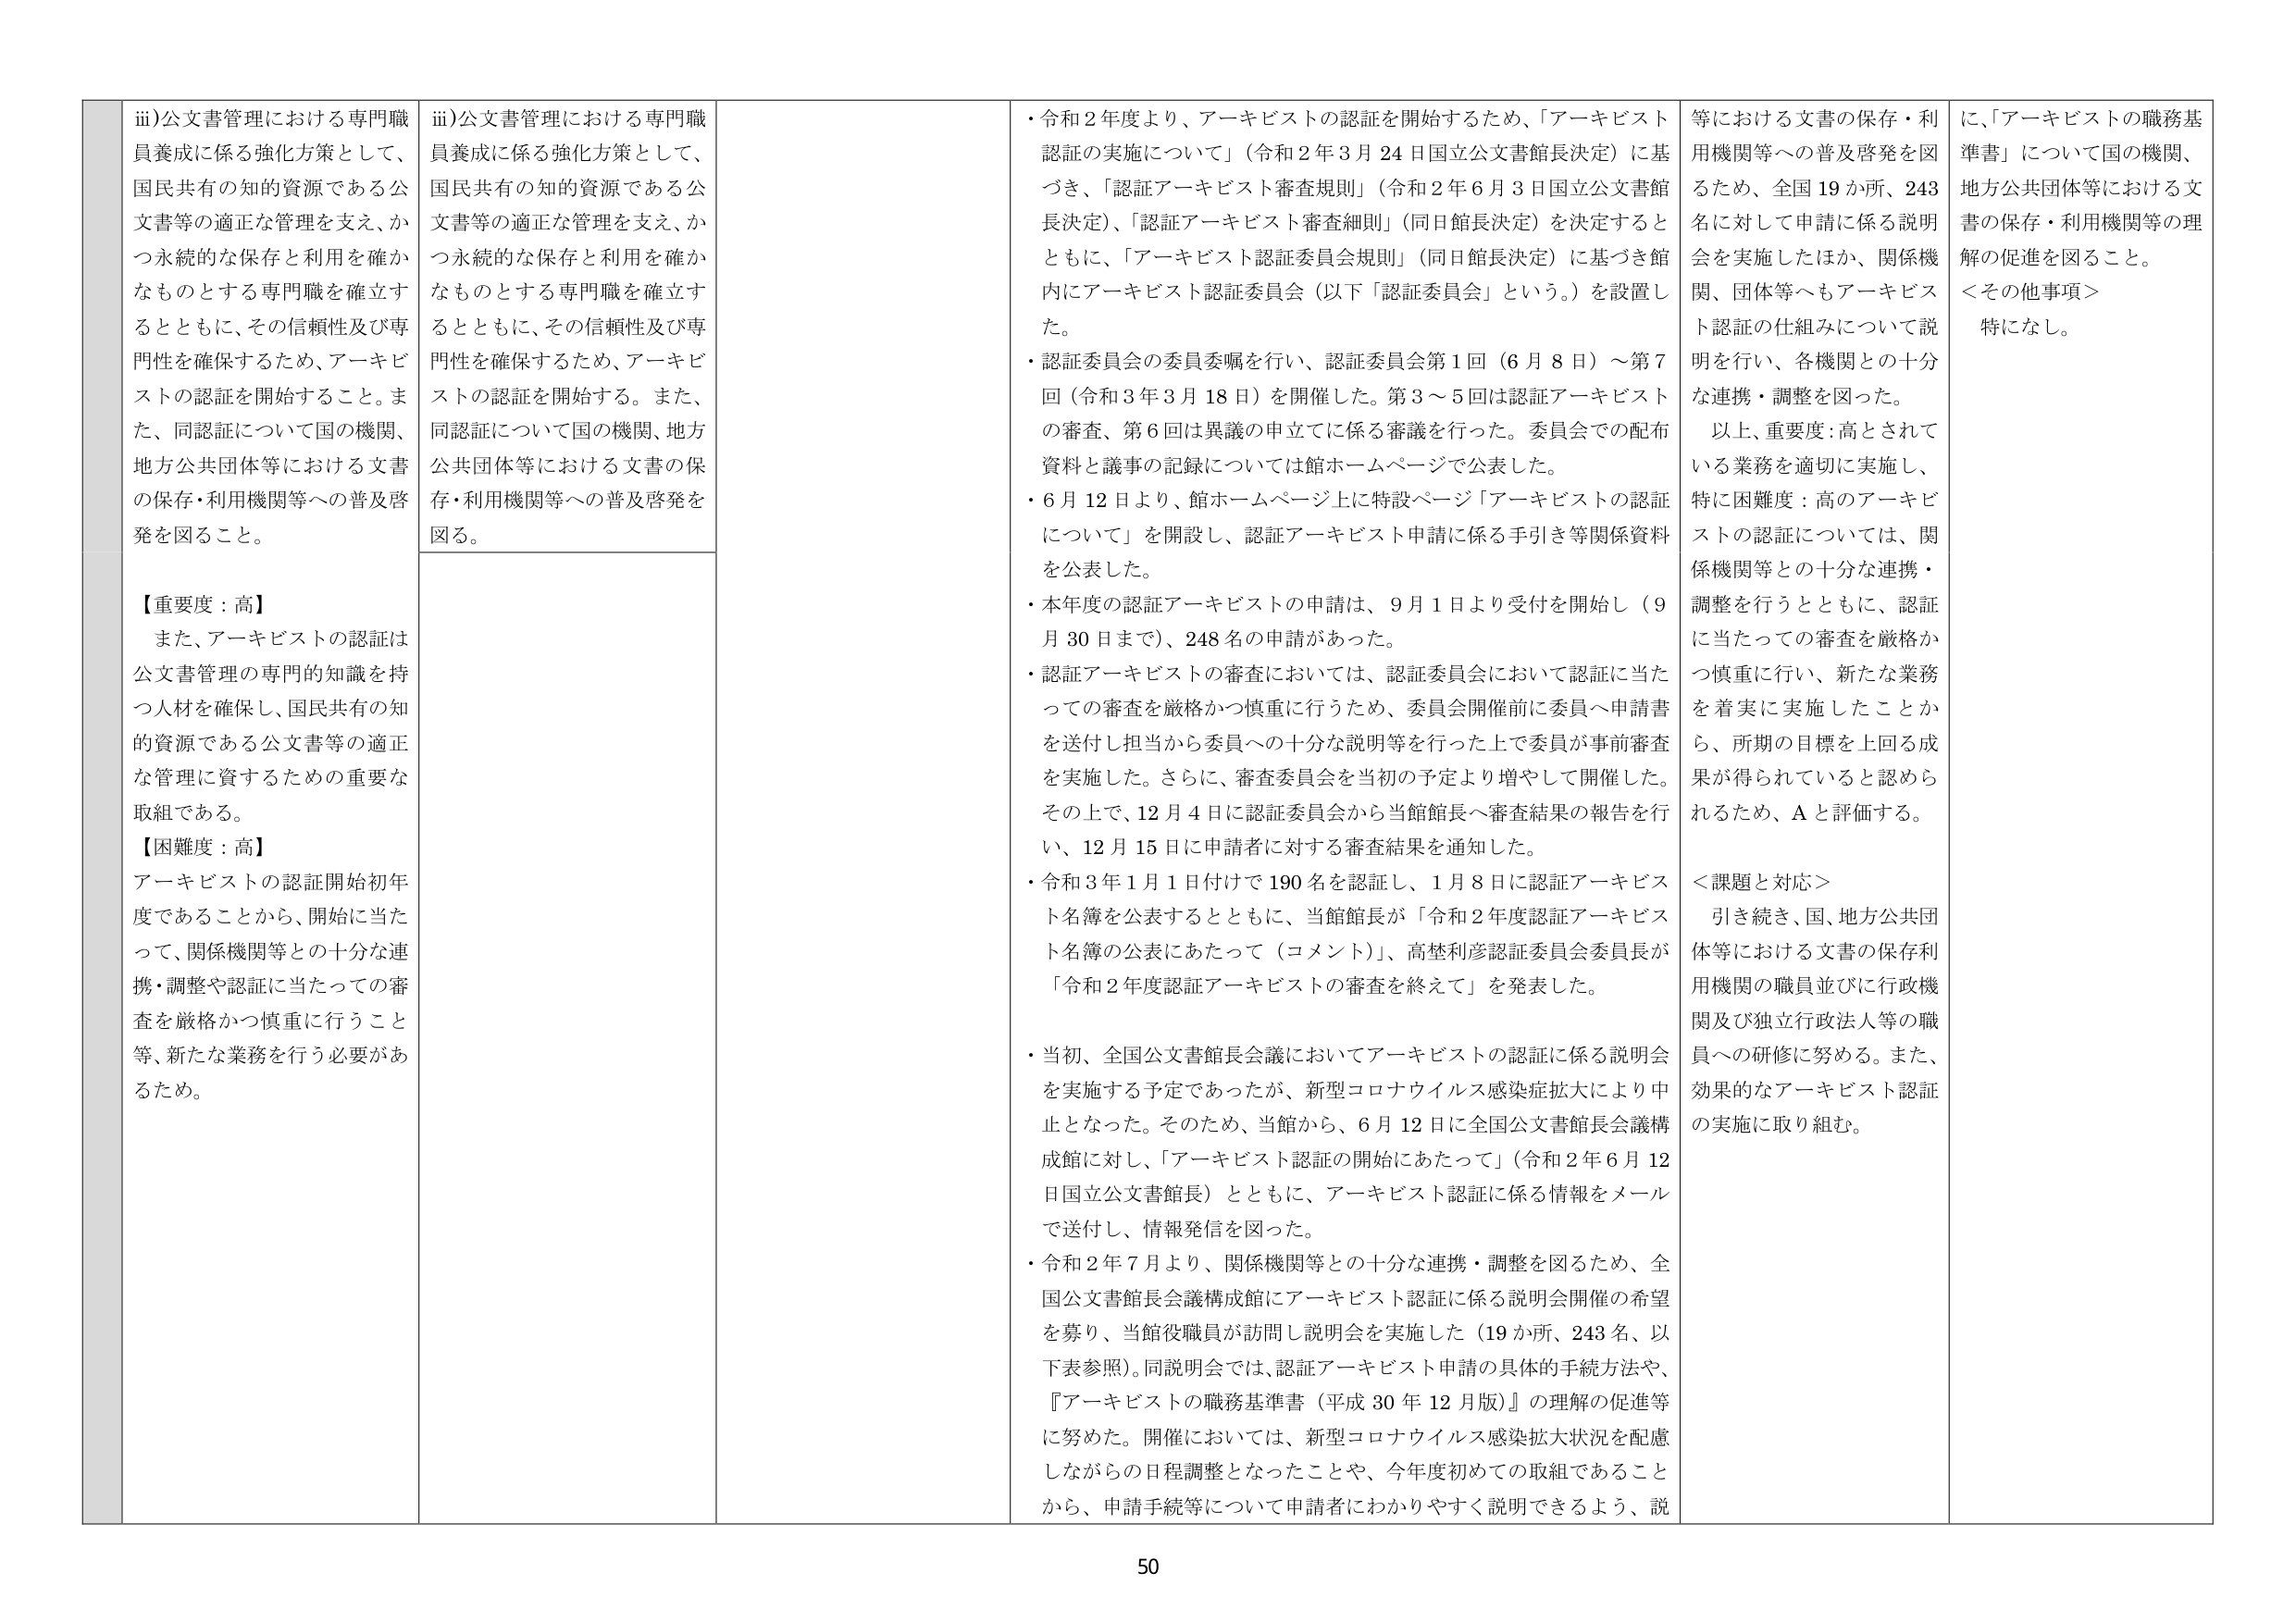
iii)公文書管理における専門職員養成に係る強化方策として、国民共有の知的資源である公文書等の適正な管理を支え、かつ永続的な保存と利用を確かなものとする専門職を確立するとともに、その信頼性及び専門性を確保するため、アーキビストの認証を開始すること。また、同認証について国の機関、地方公共団体等における文書の保存・利用機関等への普及啓発を図ること。

【重要度：高】
また、アーキビストの認証は公文書管理の専門的知識を持つ人材を確保し、国民共有の知的資源である公文書等の適正な管理に資するための重要な取組である。

【困難度：高】
アーキビストの認証開始初年度であることから、開始に当たって、関係機関等との十分な連携・調整や認証に当たっての審査を厳格かつ慎重に行うこと等、新たな業務を行う必要があるため。

iii)公文書管理における専門職員養成に係る強化方策として、国民共有の知的資源である公文書等の適正な管理を支え、かつ永続的な保存と利用を確かなものとする専門職を確立するとともに、その信頼性及び専門性を確保するため、アーキビストの認証を開始する。また、同認証について国の機関、地方公共団体等における文書の保存・利用機関等への普及啓発を図る。

・令和2年度より、アーキビストの認証を開始するため、「アーキビスト認証の実施について」（令和2年3月24日国立公文書館長決定）に基づき、「認証アーキビスト審査規則」（令和2年6月3日国立公文書館長決定）、「認証アーキビスト審査細則」（同日館長決定）を決定するとともに、「アーキビスト認証委員会規則」（同日館長決定）に基づき館内にアーキビスト認証委員会（以下「認証委員会」という。）を設置した。
・認証委員会の委員委嘱を行い、認証委員会第1回（6月8日）～第7回（令和3年3月18日）を開催した。第3～5回は認証アーキビストの審査、第6回は異議の申立てに係る審議を行った。委員会での配布資料と議事の記録については館ホームページで公表した。
・6月12日より、館ホームページ上に特設ページ「アーキビストの認証について」を開設し、認証アーキビスト申請に係る手引き等関係資料を公表した。
・本年度の認証アーキビストの申請は、9月1日より受付を開始し（9月30日まで）、248名の申請があった。
・認証アーキビストの審査においては、認証委員会において認証に当たっての審査を厳格かつ慎重に行うため、委員会開催前に委員へ申請書を送付し担当から委員への十分な説明等を行った上で委員が事前審査を実施した。さらに、審査委員会を当初の予定より増やして開催した。その上で、12月4日に認証委員会から当館館長へ審査結果の報告を行い、12月15日に申請者に対する審査結果を通知した。
・令和3年1月1日付けで190名を認証し、1月8日に認証アーキビスト名簿を公表するとともに、当館館長が「令和2年度認証アーキビスト名簿の公表にあたって（コメント）」、高埜利彦認証委員会委員長が「令和2年度認証アーキビストの審査を終えて」を発表した。
・当初、全国公文書館長会議においてアーキビストの認証に係る説明会を実施する予定であったが、新型コロナウイルス感染症拡大により中止となった。そのため、当館から、6月12日に全国公文書館長会議構成館に対し、「アーキビスト認証の開始にあたって」（令和2年6月12日国立公文書館長）とともに、アーキビスト認証に係る情報をメールで送付し、情報発信を図った。
・令和2年7月より、関係機関等との十分な連携・調整を図るため、全国公文書館長会議構成館にアーキビスト認証に係る説明会開催の希望を募り、当館役職員が訪問し説明会を実施した（19か所、243名、以下表参照）。同説明会では、認証アーキビスト申請の具体的手続方法や、『アーキビストの職務基準書（平成30年12月版）』の理解の促進等に努めた。開催においては、新型コロナウイルス感染拡大状況を配慮しながらの日程調整となったことや、今年度初めての取組であることから、申請手続等について申請者にわかりやすく説明できるよう、説

等における文書の保存・利用機関等への普及啓発を図るため、全国19か所、243名に対して申請に係る説明会を実施したほか、関係機関、団体等へもアーキビスト認証の仕組みについて説明を行い、各機関との十分な連携・調整を図った。
以上、重要度：高とされている業務を適切に実施し、特に困難度：高のアーキビストの認証については、関係機関等との十分な連携・調整を行うとともに、認証に当たっての審査を厳格かつ慎重に行い、新たな業務を着実に実施したことから、所期の目標を上回る成果が得られていると認められるため、Aと評価する。

＜課題と対応＞
引き続き、国、地方公共団体等における文書の保存利用機関の職員並びに行政機関及び独立行政法人等の職員への研修に努める。また、効果的なアーキビスト認証の実施に取り組む。

に、「アーキビストの職務基準書」について国の機関、地方公共団体等における文書の保存・利用機関等の理解の促進を図ること。
＜その他事項＞
特になし。

50